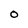
Character: O